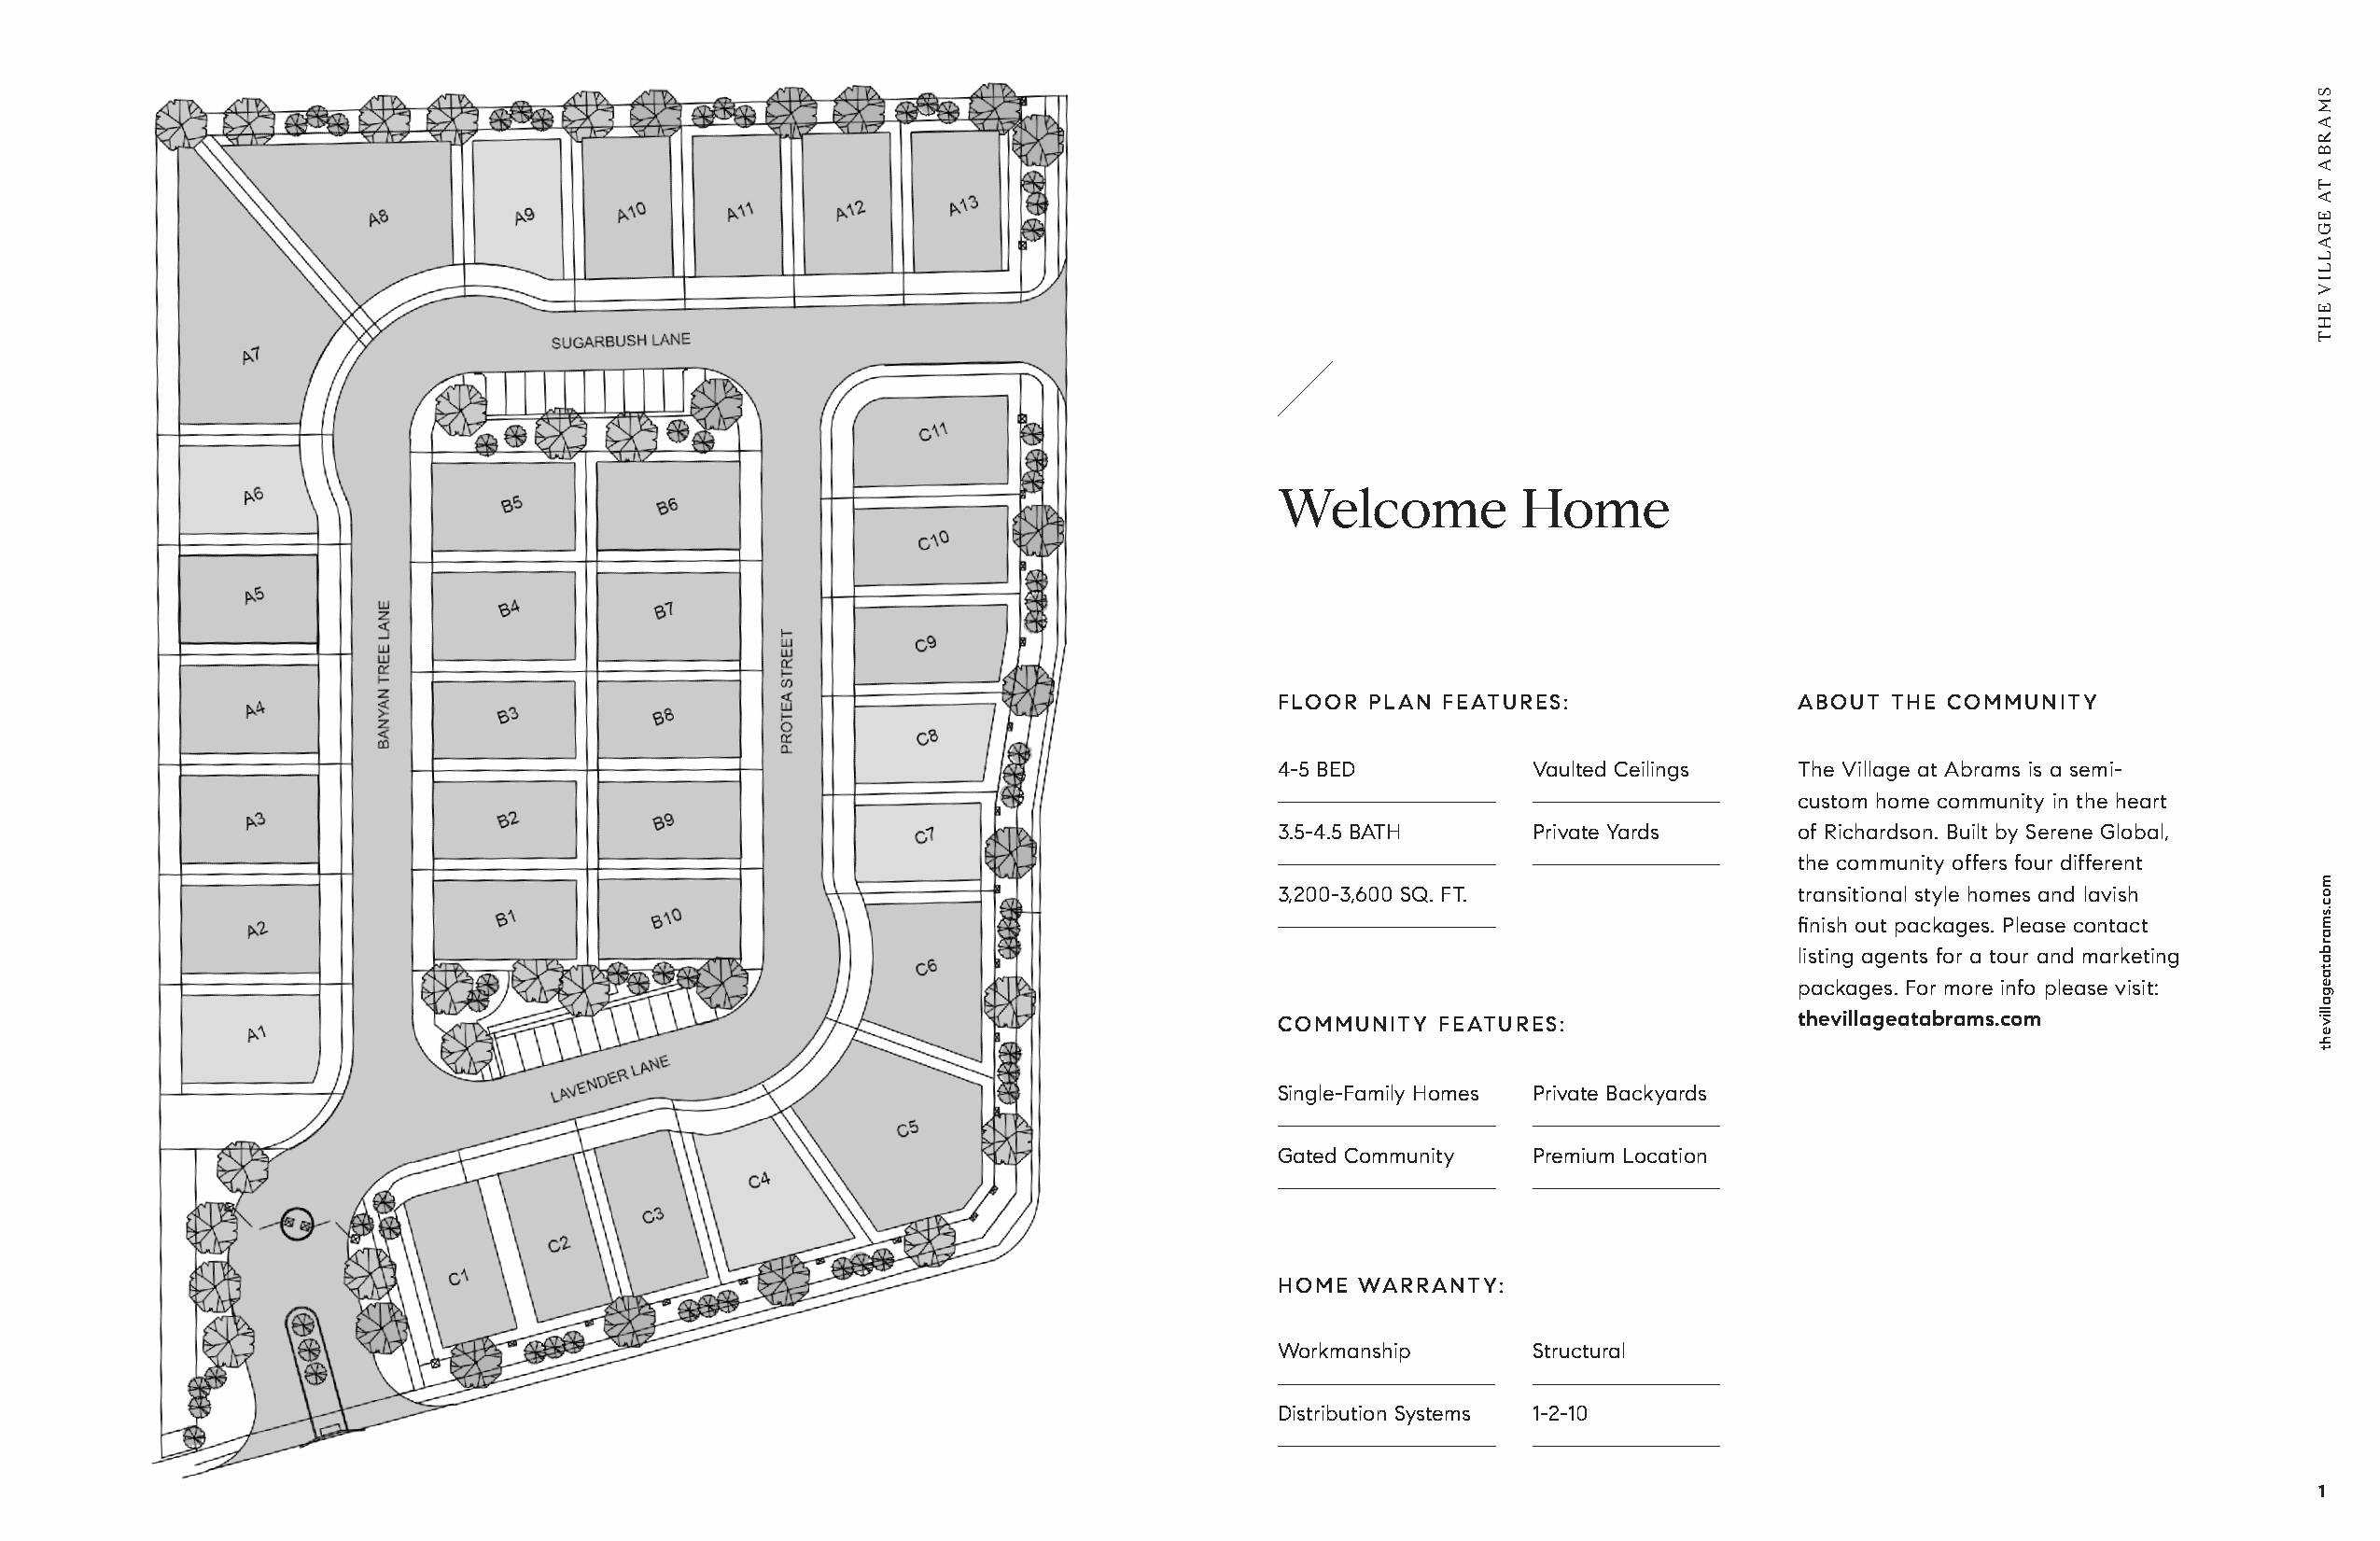
Welcome          Home
 FLOOR PLAN FEATURES:                ABOUT  THE COMMUNITY
 4-5 BED           Vaulted Ceilings   The Village at Abrams is a semi-
 custom home community in the heart
 3.5-4.5 BATH      Private Yards      of Richardson. Built by Serene Global,
 the community offers four different
 3,200-3,600 SQ. FT.                  transitional style homes and lavish
 finish out packages. Please contact
 listing agents for a tour and marketing
 packages. For more info please visit:
 COMMUNITY  FEATURES:                 thevillageatabrams.com
 Single-Family Homes Private Backyards
 Gated Community   Premium Location
 HOME WARRANTY:
 Workmanship       Structural
 Distribution Systems 1-2-10
 1
 SMARBA
 TA
 EGALLIV
 EHT
 moc.smarbataegalliveht